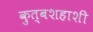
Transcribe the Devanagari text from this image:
कुत्बशहाशी